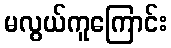
မလွယ်ကူကြောင်း